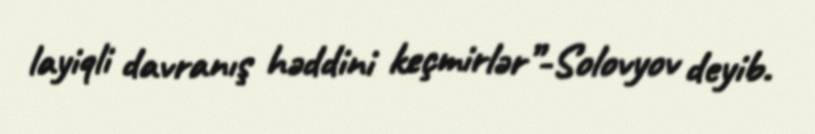
layiqli davranış həddini keçmirlər”-Solovyov deyib.